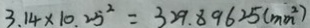
3 . 1 4 \times 1 0 . 2 5 ^ { 2 } = 3 2 9 . 8 9 6 2 5 ( m m ^ { 2 } )